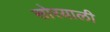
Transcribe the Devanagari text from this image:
सोरयाली